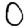
Digit: 0